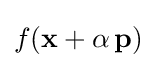
f(\mathbf {x} +\alpha \,\mathbf {p} )